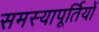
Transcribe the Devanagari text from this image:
समस्यापूर्तियों